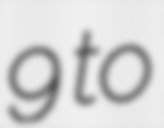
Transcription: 9 to